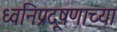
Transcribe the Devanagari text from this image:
ध्वनिप्रदूषणाच्या